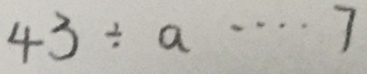
4 3 \div a \cdots 7